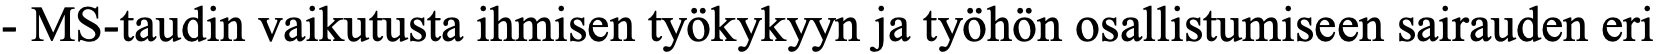
- MS-taudin vaikutusta ihmisen työkykyyn ja työhön osallistumiseen sairauden eri